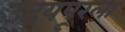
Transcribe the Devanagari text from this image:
उदयपूरला